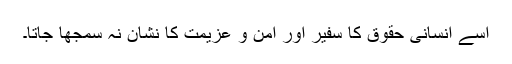
اسے انسانی حقوق کا سفیر اور امن و عزیمت کا نشان نہ سمجھا جاتا۔